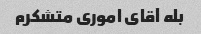
بله آقای اموری متشکرم